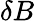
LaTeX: \delta B